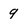
Character: 9